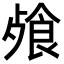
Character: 𩛈